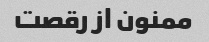
ممنون از رقصت